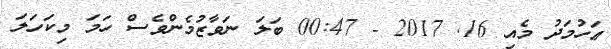
ޢަހުމަދު މެއި 16